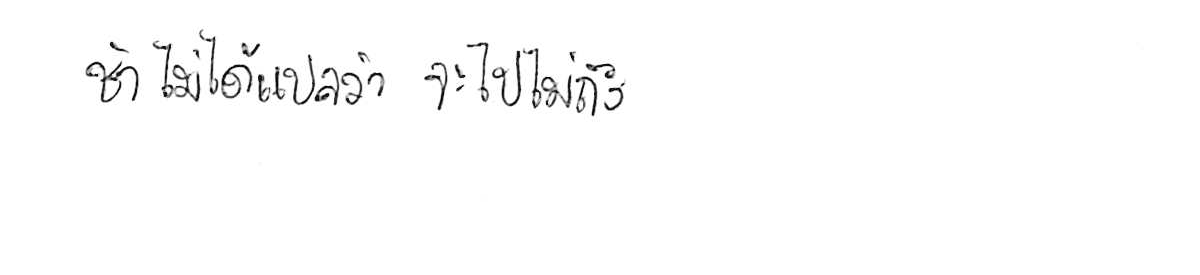
ช้า ไม่ได้แปลว่า จะไปไม่ถึง